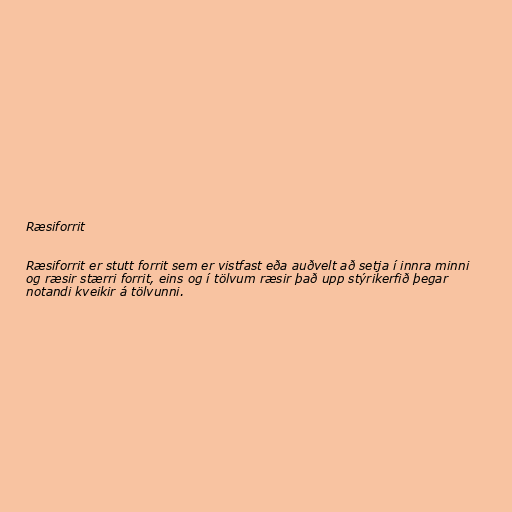
Ræsiforrit

Ræsiforrit er stutt forrit sem er vistfast eða auðvelt að setja í innra minni
og ræsir stærri forrit, eins og í tölvum ræsir það upp stýrikerfið þegar
notandi kveikir á tölvunni.